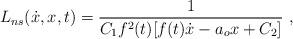
LaTeX: \begin{align*} L_{ns}(\dot{x},x,t)= \frac{1}{C_1 f^2 (t) [f(t) \dot{x}- a_o x + C_2]}\ ,\end{align*}